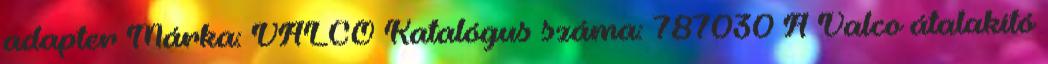
adapter Márka: VALCO Katalógus száma: 787030 A Valco átalakító